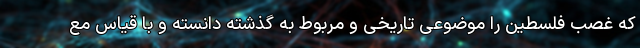
که غصب فلسطین را موضوعی تاریخی و مربوط به گذشته دانسته و با قیاس مع